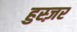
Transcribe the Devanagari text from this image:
हुस्ज़र